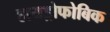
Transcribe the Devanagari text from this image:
हायड्रोफोबिक